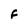
Character: F